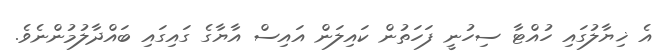
އެ ޚިޔާލުގައި ހުއްޓާ ސިހުނީ ފަހަތުން ކައިލަން އައިސް އާޔާގެ ގައިގައި ބައްދާލުމުންނެވެ.